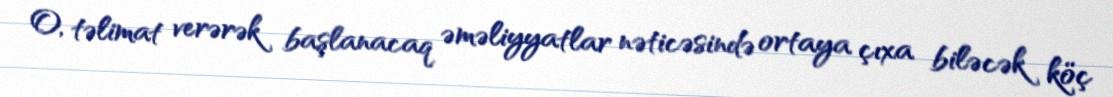
O, təlimat verərək başlanacaq əməliyyatlar nəticəsində ortaya çıxa biləcək köç